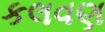
કલવણ